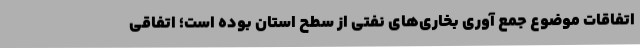
اتفاقات موضوع جمع آوری بخاری‌های نفتی از سطح استان بوده است؛ اتفاقی